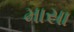
માસા